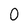
Character: 0